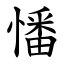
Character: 憣